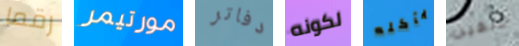
رقما مورتيمر دفاتر لكونه يأكله دلفين